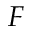
F